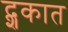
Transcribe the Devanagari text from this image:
द्शकात